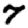
Digit: 7